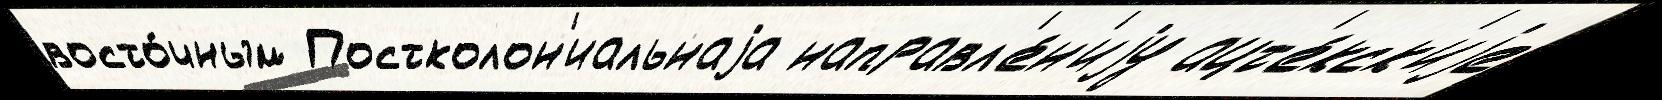
восто́чным Постколон'иальнаjа направл'е́н'иjу ацт'е́кск'иjе